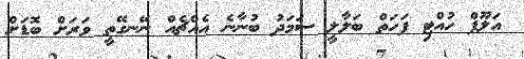
އަލޫފް ހުއްޓި ފަހަތް ބަލާލީ ސަމަދު ބުނާނެ އެއްޗެއް ނޭނގޭތީ ވަރަށް ބޮޑަށް